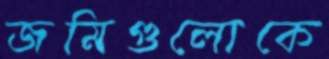
জমিগুলোকে